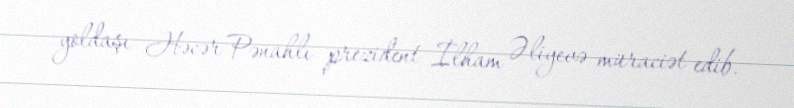
yoldaşı Həcər Pənahlı prezident İlham Əliyevə müraciət edib.